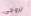
لزوجي